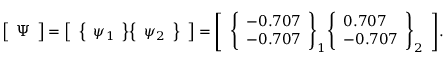
{ \left[ \begin{array} { l } { \Psi } \end{array} \right] } = { \left[ \begin{array} { l } { { \left\{ \begin{array} { l } { \psi _ { 1 } } \end{array} \right\} } { \left\{ \begin{array} { l } { \psi _ { 2 } } \end{array} \right\} } } \end{array} \right] } = { \left[ \begin{array} { l } { { \left\{ \begin{array} { l } { - 0 . 7 0 7 } \\ { - 0 . 7 0 7 } \end{array} \right\} } _ { 1 } { \left\{ \begin{array} { l } { 0 . 7 0 7 } \\ { - 0 . 7 0 7 } \end{array} \right\} } _ { 2 } } \end{array} \right] } .